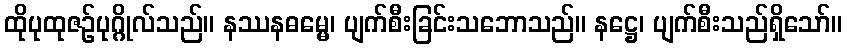
ထိုပုထုဇဉ်ပုဂ္ဂိုလ်သည်။ နဿနဓမ္မေ၊ ပျက်စီးခြင်းသဘောသည်။ နဋ္ဌေ၊ ပျက်စီးသည်ရှိသော်။